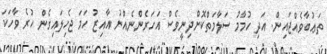
ތަޢުބާވެއްޖައިން. އަދި ހުމާމު ސަލާމަތްކޮށްދިނީވެސް އަހަރެންނެއްނު އާއިޒު ހަމަ ޖެހިލައިގެން ހުރެ ވާހަކަ